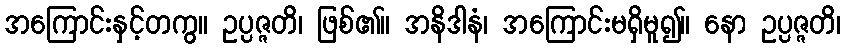
အကြောင်းနှင့်တကွ။ ဥပ္ပဇ္ဇတိ၊ ဖြစ်၏။ အနိဒါနံ၊ အကြောင်းမရှိမူ၍။ နော ဥပ္ပဇ္ဇတိ၊